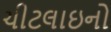
ચીટલાઇનો